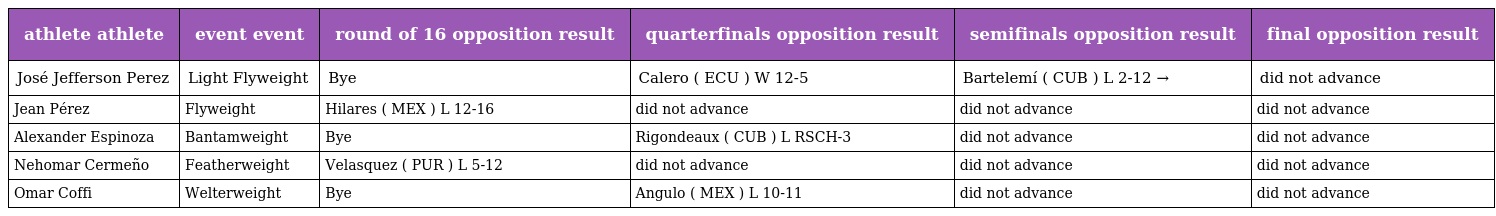
| athlete athlete | event event | round of 16 opposition result | quarterfinals opposition result | semifinals opposition result | final opposition result |
 | --- | --- | --- | --- | --- | --- |
 | José Jefferson Perez | Light Flyweight | Bye | Calero ( ECU ) W 12-5 | Bartelemí ( CUB ) L 2-12 → | did not advance |
 | Jean Pérez | Flyweight | Hilares ( MEX ) L 12-16 | did not advance | did not advance | did not advance |
 | Alexander Espinoza | Bantamweight | Bye | Rigondeaux ( CUB ) L RSCH-3 | did not advance | did not advance |
 | Nehomar Cermeño | Featherweight | Velasquez ( PUR ) L 5-12 | did not advance | did not advance | did not advance |
 | Omar Coffi | Welterweight | Bye | Angulo ( MEX ) L 10-11 | did not advance | did not advance |